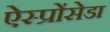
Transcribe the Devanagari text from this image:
ऐस्प्रोंसेडा